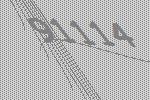
91114